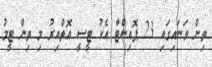
ތިން ވަނައިގައި 23 ޕޮއިންޓާ އެކު ޓީސީ އޮތްއިރު މި ތިން ޓީމު